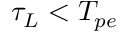
\tau _ { L } < T _ { p e }